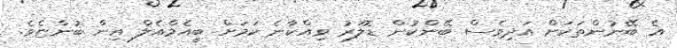
އެ ބޭނުންތަކަށް އަދިވެސް ބޭންކުން ޑޮލަރު ވިއްކާނެ ކަމަށް ބީއެމްއެލް އިން ބުންޏެވެ.